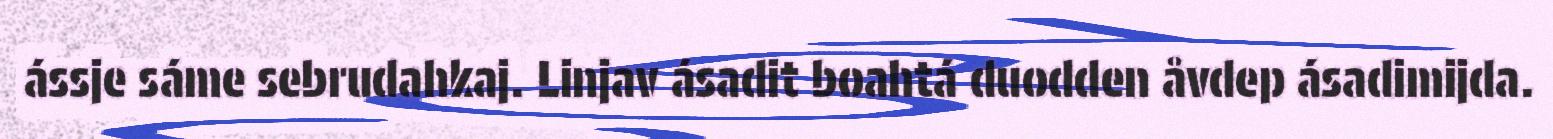
ássje sáme sebrudahkaj. Linjav ásadit boahtá duodden åvdep ásadimijda.